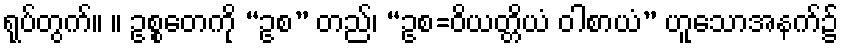
ရုပ်တွက်။ ။ ဥစ္စတေကို “ဥစ” တည်၊ “ဥစ=ဝိယတ္တိယံ ဝါစာယံ” ဟူသောအနက်၌